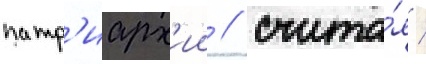
патр'иарх'ии / счита́я /